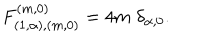
LaTeX: F _ { ( 1 , \alpha ) , ( m , 0 ) } ^ { ( m , 0 ) } = 4 m \; \delta _ { \alpha , 0 } .